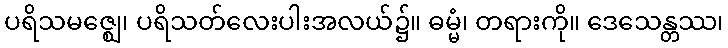
ပရိသမဇ္ဈေ၊ ပရိသတ်လေးပါးအလယ်၌။ ဓမ္မံ၊ တရားကို။ ဒေသေန္တဿ၊